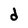
Character: d